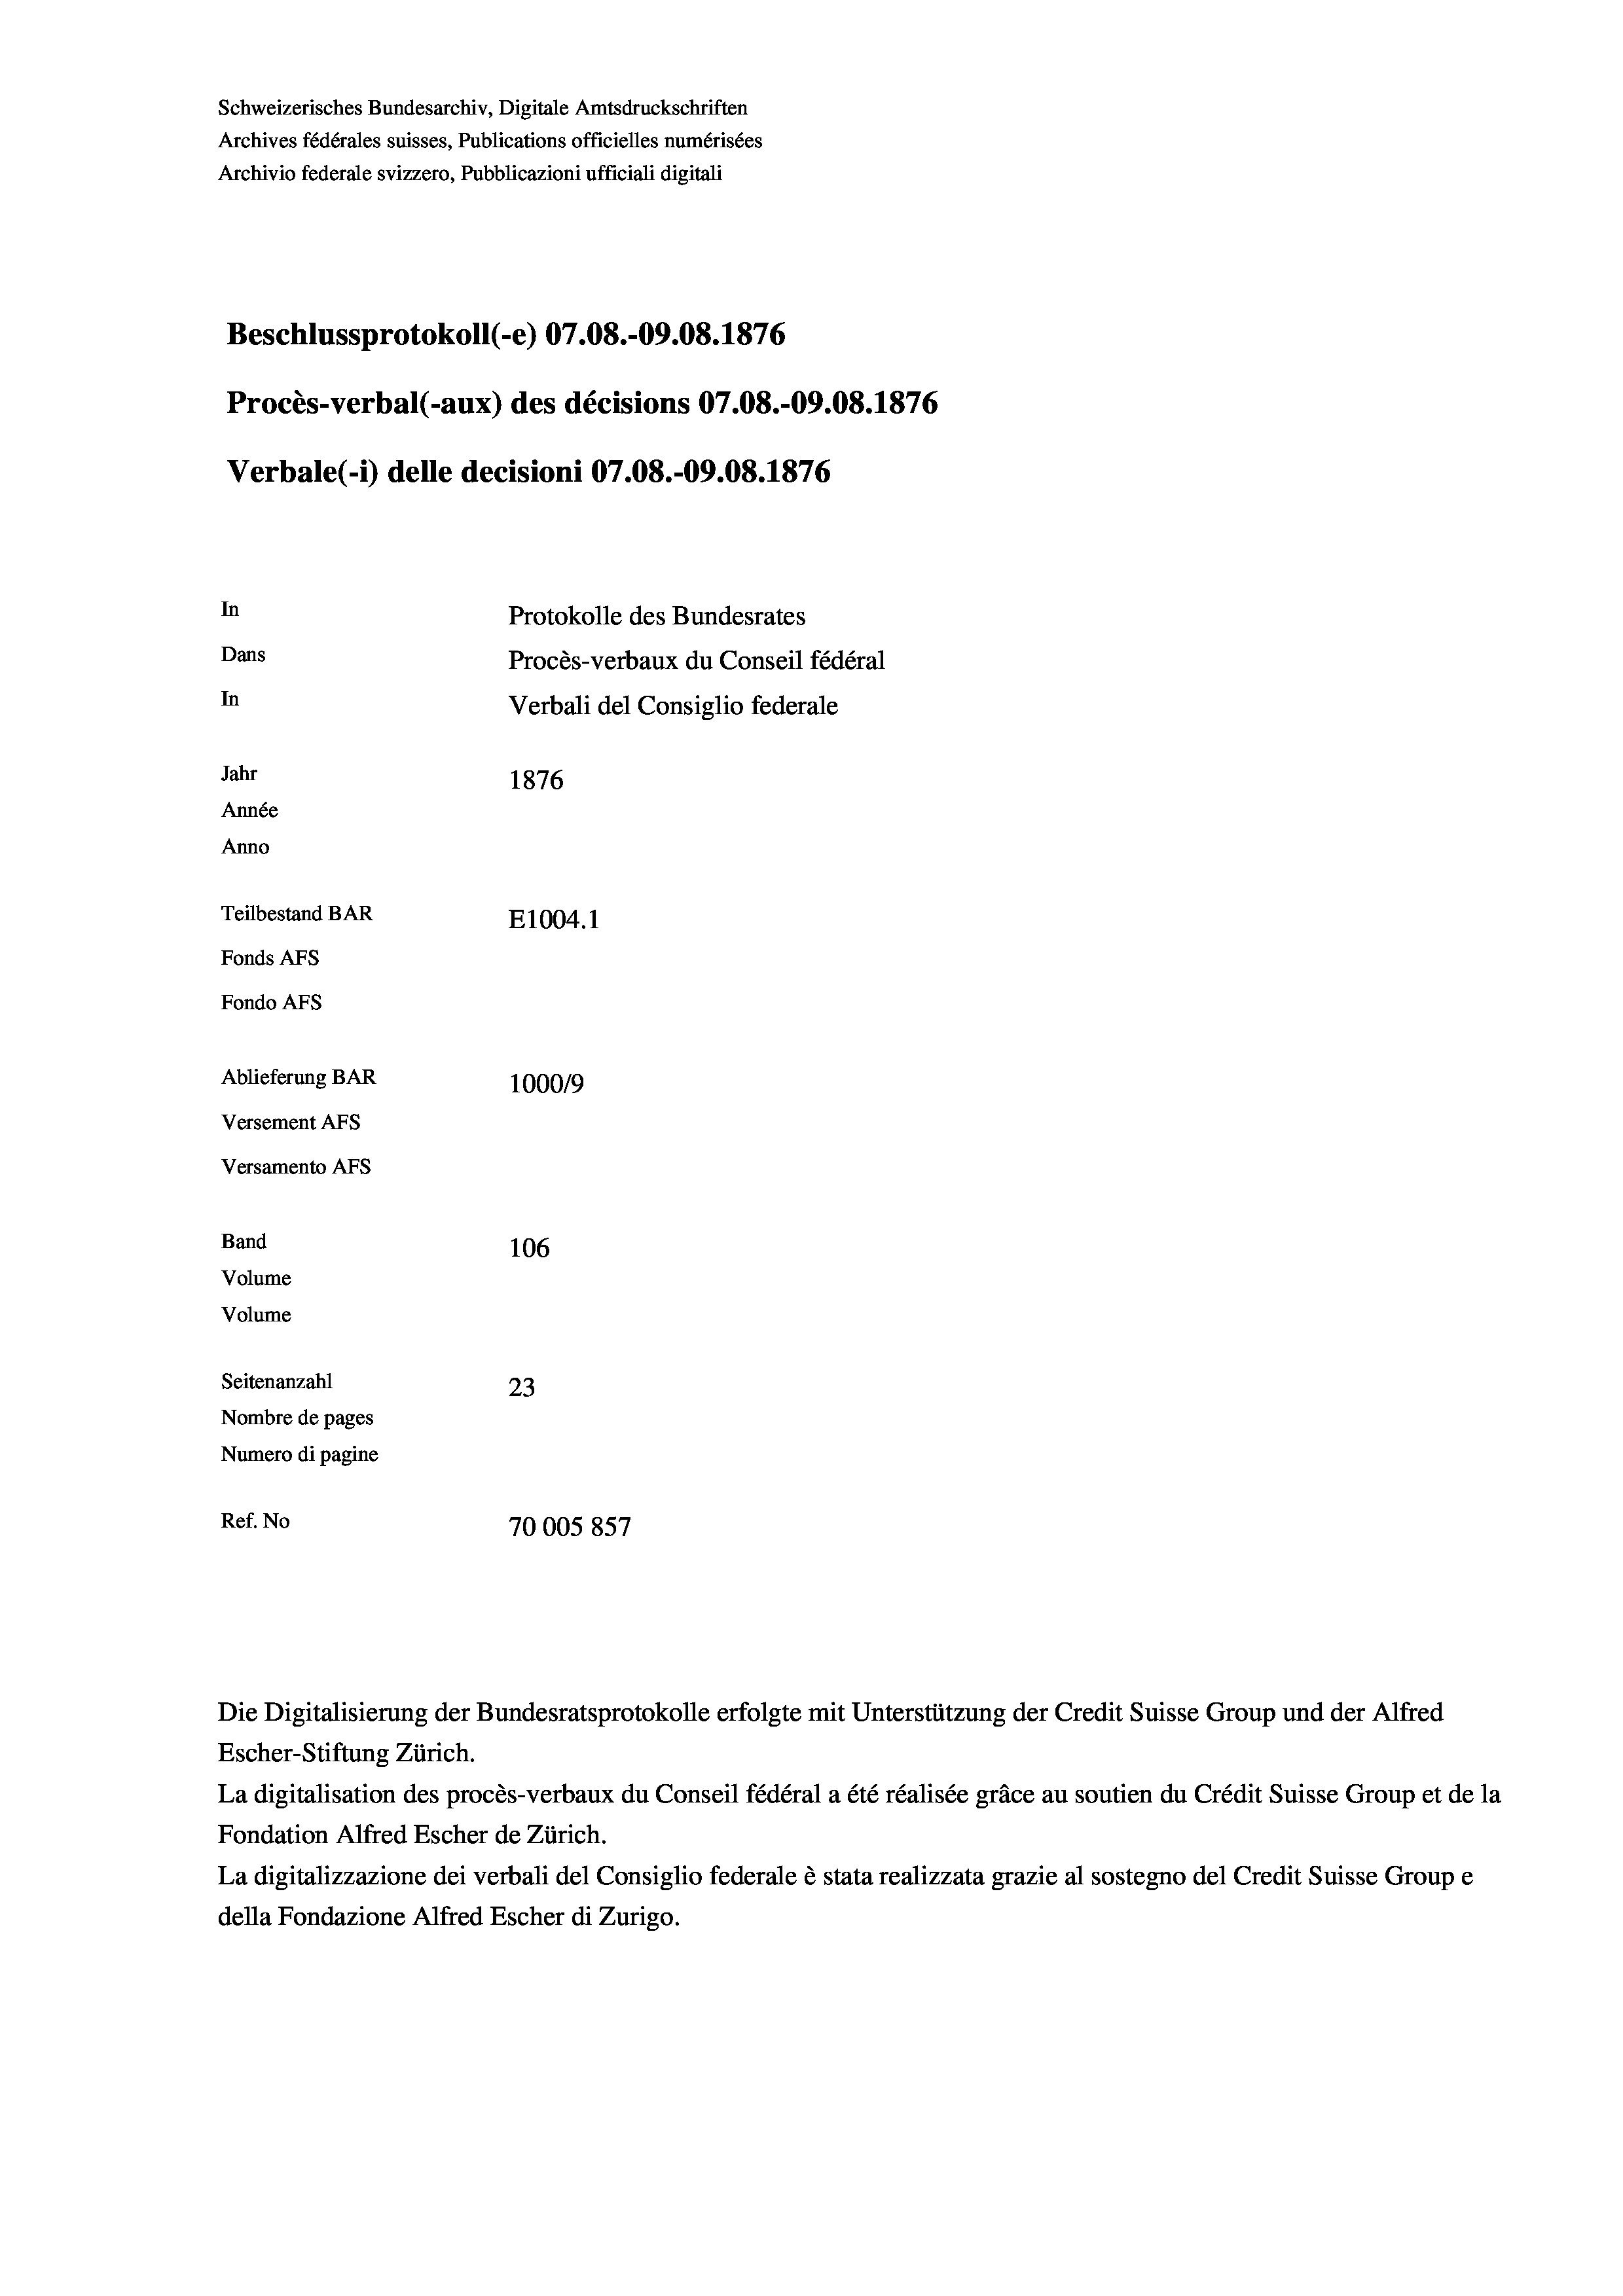
Schweizerisches Bundesarchiv, Digitale Amtsdruckschriften
Archives fédérales suisses, Publications officielles numérisées
Archivio federale svizzero, Pubblicazioni ufficiali digitali
Beschlussprotokoll (-e) 07.08.-09.08. 1876
Procès-verbal (-aux) des décisions 07.08.-09.08. 1876
Verbale(*) delle decisioni 07.08.-09.08. 1876
In
Protokolle des Bundesrates
Dans
Procès-verbaux du Conseil fédéral
In
Verbali del Consiglio federale
Jahr
1876
Année
Anno
Teilbestand BAR
E1004. 1
Fonds AFs
Fondo Afs
Ablieferung BAR
100019
Versement AFs
Versamento Afs
Band
106
Volume
Volume
Seitenanzahl
23
Nombre de pages
Numero di pagine
Ref. No
70005 857

Die Digitalisierung der Bundesratsprotokolle erfolgte mit Unterstützung der Credit Suisse Group und der Alfred
Escher-Stiftung Zürich.
La digitalisation des procès-verbaux du Conseil fédéral a été réalisée gräce au soutien du Crédit Suisse Group et de la
Fondation Alfred Escher de Zürich.
La digitalizzazione dei verbali del Consiglio federale è stata realizzata grazie al sostegno del Credit Suisse Groupe
della Fondazione Alfred Escher di Zurigo.